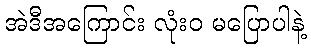
အဲဒီအကြောင်း လုံးဝ မပြောပါနဲ့